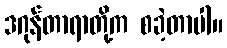
ဒဂုန်တာရာတို့က စခဲ့တာပါ။